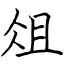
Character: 俎